Annual report of the Central Committee of the Association together with the report of the directors of the Pasteur Institute at Kasauli
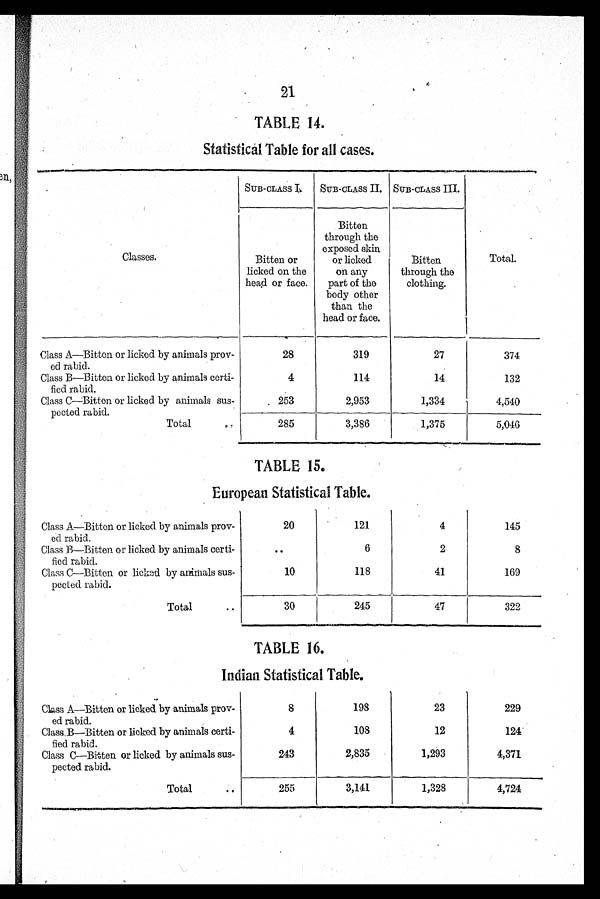
21
TABLE 14.
Statistical Table for all cases.
Classes.
SUB-CLASS I. SUB-CLASS II. SUB-CLASS III.
Bitten or
licked on the
head or face.
Bitten
through the
exposed skin
or licked
on any
part of the
body other
than the
head or face.
Bitten
through the
clothing.
Total.
.
Class A—Bitten or licked by animals prov-
e d r a b i d .
28
319
27
374
Class B—Bitten or licked by animals certi-
fied rabid.
4
114
14
132
Class C—Bitten or licked by animals sus-
pected rabid.
. 253
2,953
1,334
-
4,540
Total
285
3,386
1,375
5,046
TABLE 15.
European Statistical Table.
Class A—Bitten or licked by animals prov-
ed rabid.
20
121
4
145
Class B—Bitten or licked by animals certi-
fied rabid.
. .
6
2
8
Class C—Bitten or licked by animals sus-
pected rabid.
10
118
41
169
Total
..
30
245
47
322
TABLE 16.
Indian Statistical Table.
Class A—Bitten or licked by animals prov-
ed rabid.
8
198
23
229
Class. B—Bitten or licked by animals certi-
f i e d r a bi d.
4
108
12
124'
Class C--Bitten or licked by animals sus-
pected rabid.
243
2,835
1,293
4,371
Total
. .
255
3,141
1,328
4,724